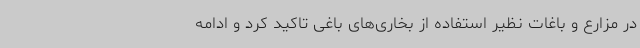
در مزارع و باغات نظیر استفاده از بخاری‌های باغی تاکید کرد و ادامه